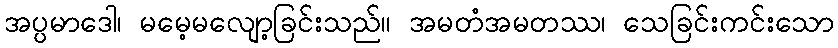
အပ္ပမာဒေါ၊ မမေ့မလျော့ခြင်းသည်။ အမတံအမတဿ၊ သေခြင်းကင်းသော